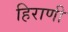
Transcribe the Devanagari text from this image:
हिराणी